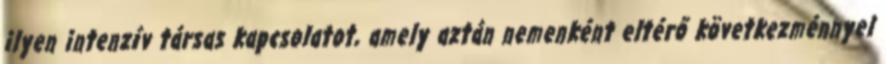
ilyen intenzív társas kapcsolatot, amely aztán nemenként eltérő következménnyel